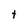
Character: t